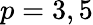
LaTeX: p=3,5